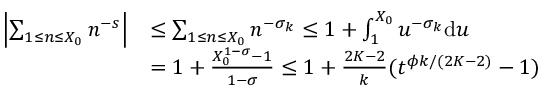
\begin{array} { r l } { \left| \sum _ { 1 \le n \le X _ { 0 } } n ^ { - s } \right| } & { \le \sum _ { 1 \le n \le X _ { 0 } } n ^ { - \sigma _ { k } } \le 1 + \int _ { 1 } ^ { X _ { 0 } } u ^ { - \sigma _ { k } } \mathrm { d } u } \\ & { = 1 + \frac { X _ { 0 } ^ { 1 - \sigma } - 1 } { 1 - \sigma } \le 1 + \frac { 2 K - 2 } { k } ( t ^ { \phi k / ( 2 K - 2 ) } - 1 ) } \end{array}